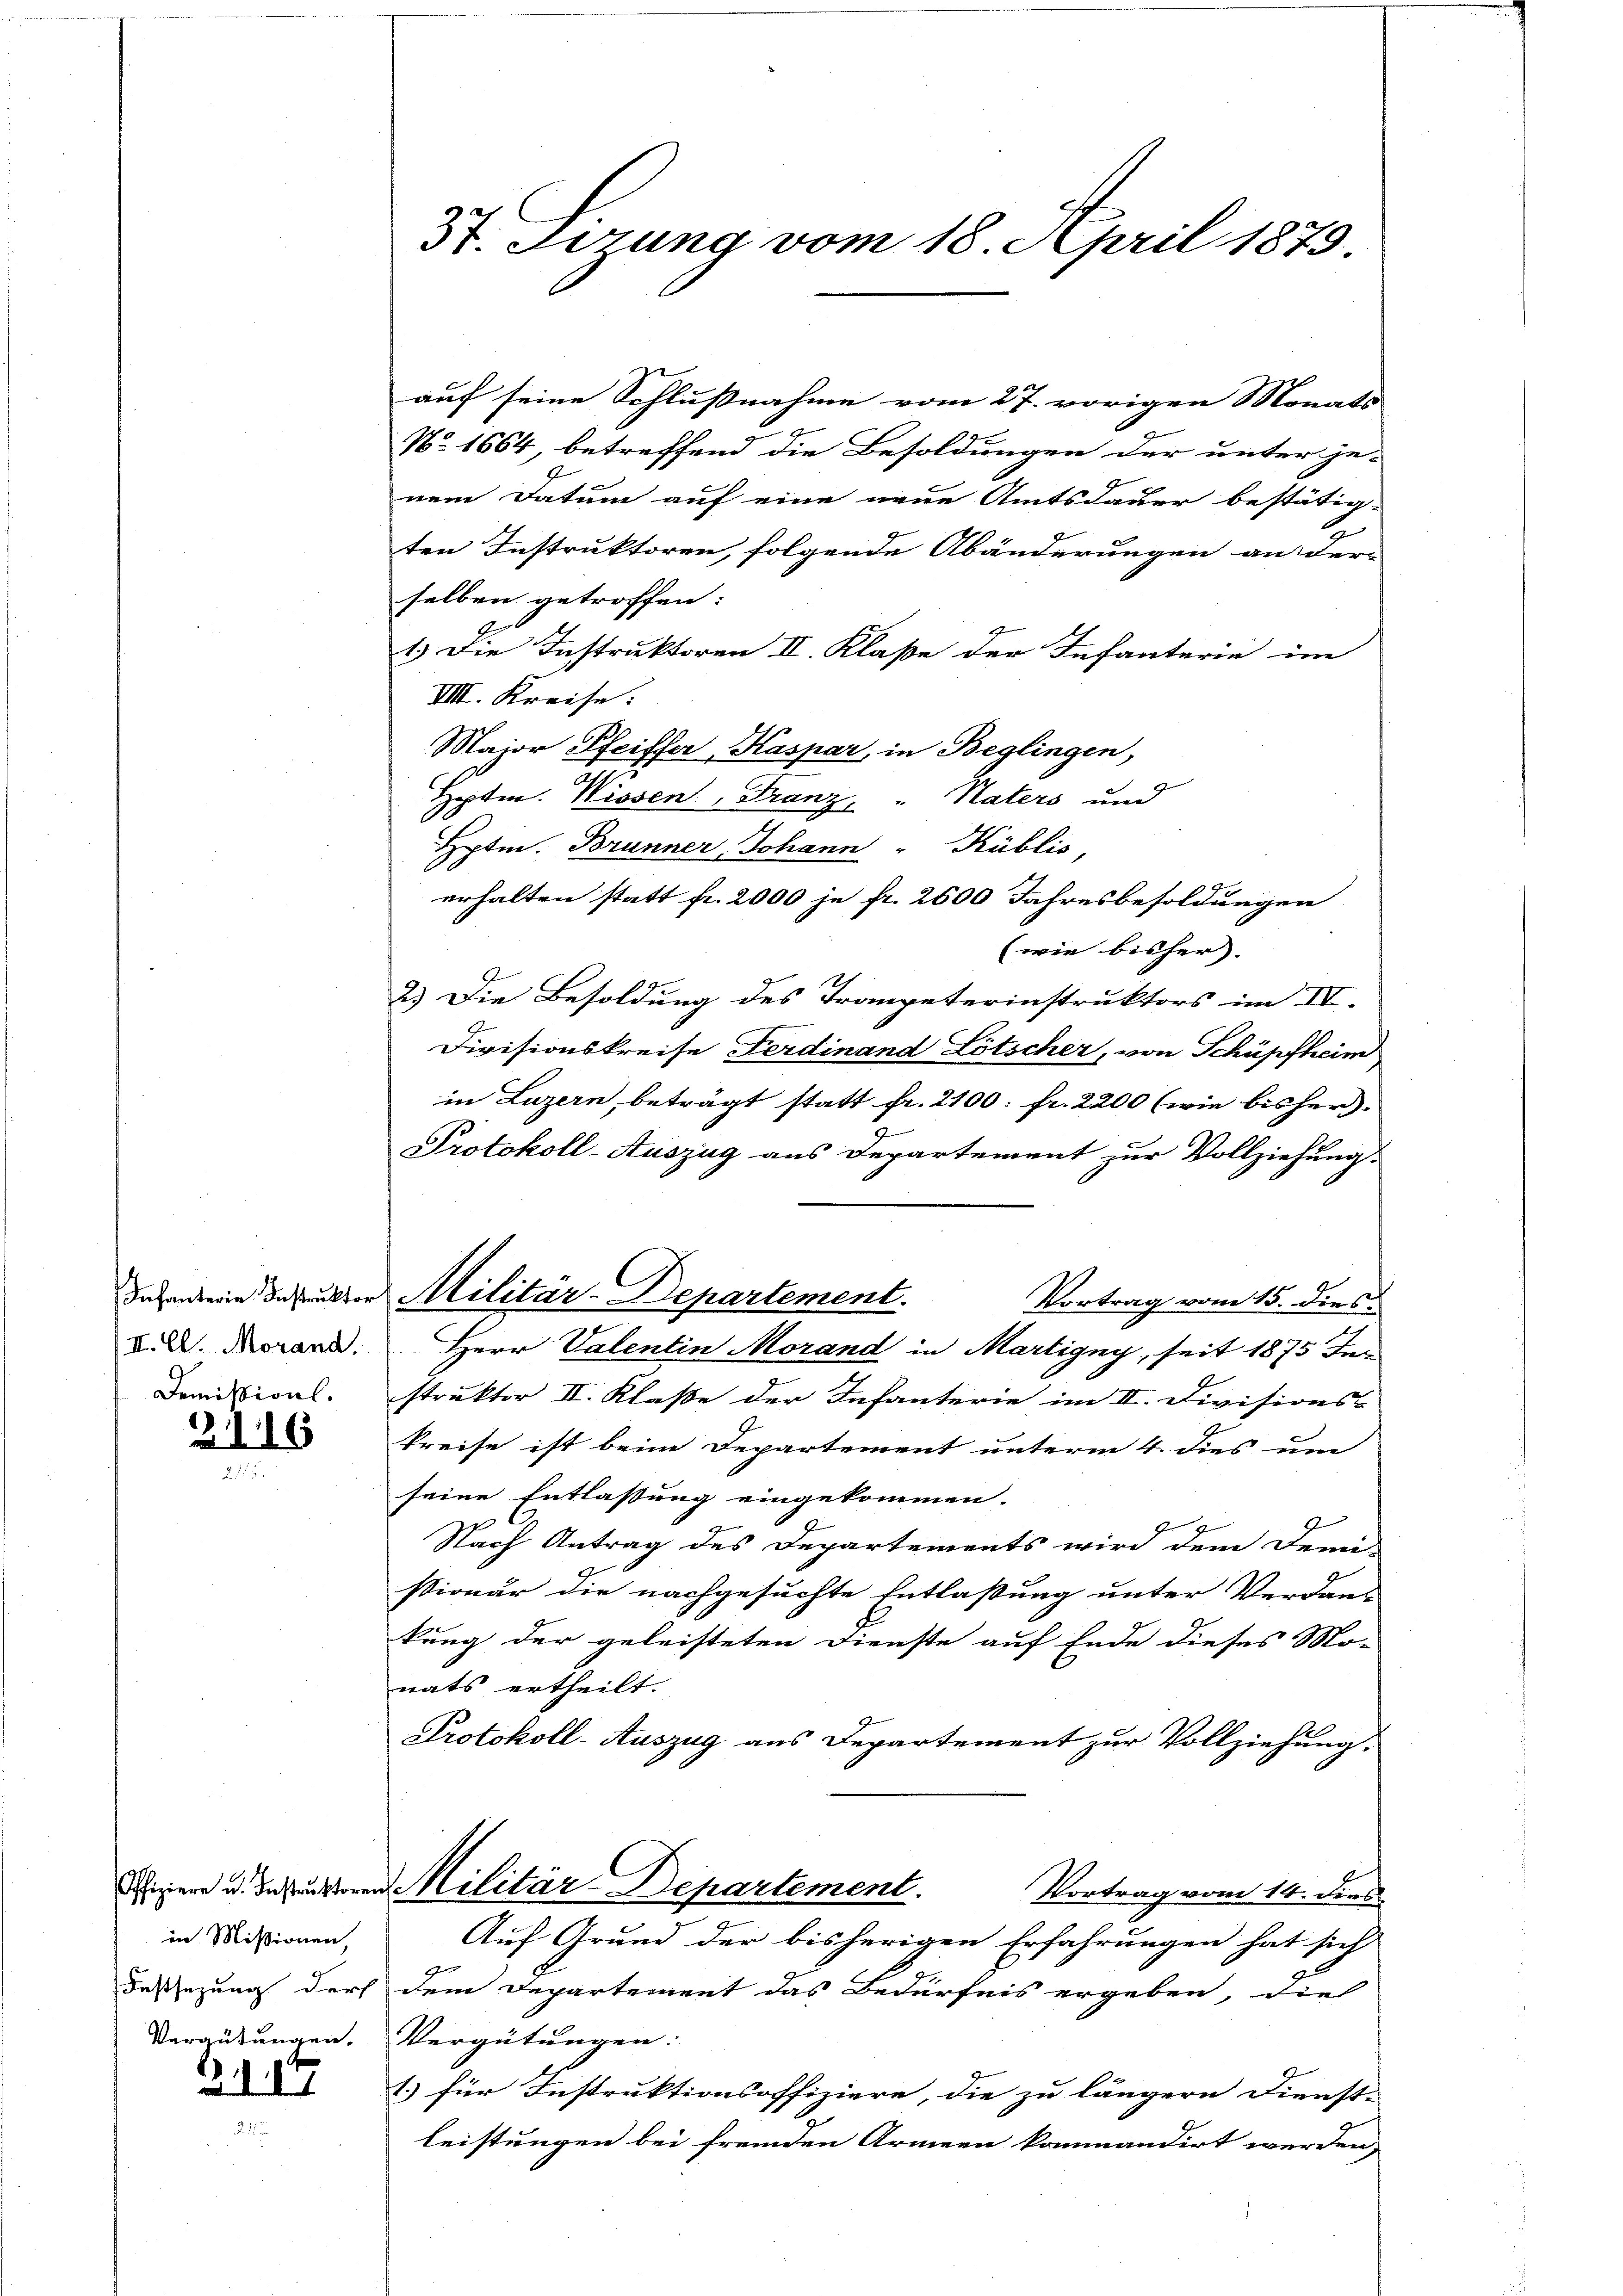
II. Cl. Morand.
Demission.

216

in Missionen,
Festsezung durf
Vergütungen.

2. d. 1

auf seine Schlußnahme vom 27. vorigen Monats
No. 1664, betreffend die Besoldungen der unter je-
nem Datum auf eine neue Amtsdauer bestätig-
ten Instruktoren, folgende Abänderungen an der-
selben getroffen:
1.) Die Instruktoren II. Klaße der Infanterie im
VIII. Kreise:
Major Pfeiffer, Kaspar, in Beglingen,
Heptin. Wissen, Franz " Naters und
Hptm. Brunner, Johann" Küblis,
erhalten statt fr. 2000 je fr. 2600 Jahresbesoldungen
(wie bisher). |
2.) Die Besoldung des Tranpeterinstruktors im IV.
Divisionskreise Ferdinand Lötscher, von Schüpfheim
in Luzern, beträgt statt fr. 2100: fr. 2200 (wie bisher.
Protokoll-Auszug aus Departement zur Vollziehung
Vortrag vom 15. dies
Herr Valentin Morand in Martigny, seit 1875 Instruktor II. Klasse der Infanterie im II. Divisions-
Preise ist beim Departement unterm 4. dies um
seine Entlassung eingekommen.
Nach Antrag des Departements wird dem Demi-
stionar die nachgesuchte Entlaßung unter Verdan-
kung der geleisteten Dienste auf Ende dieses Mo-
nats ertheilt.
Protokoll-Auszug aus Departement zur Vollziehung.
iper u. deren Militär-Departement.
Vortrag vom 14. dies
Auf Grund der bisherigen Erfahrungen hat sich
dem Departement das Bedürfnis ergeben, die
Vergütungen:
1.) für Instruktionsoffiziere, die zu längern Dienst-
leistungen bei fremden Armeen kommandirt werden,

St. Gerung vom 18. April 1879.

In anderin deuten Militär-Departement.